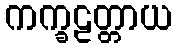
ကက္ခဠတ္တာယ